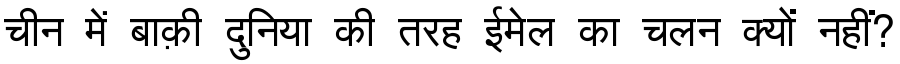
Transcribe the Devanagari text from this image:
चीन में बाक़ी दुनिया की तरह ईमेल का चलन क्यों नहीं?